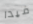
فيدا